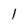
Character: 1